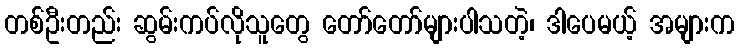
တစ်ဦးတည်း ဆွမ်းကပ်လိုသူတွေ တော်တော်များပါသတဲ့၊ ဒါပေမယ့် အများက